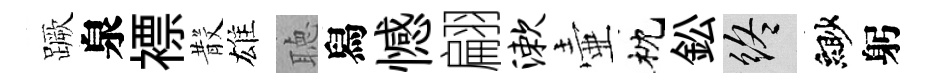
蹶泉褾𣪚雄聴舄憾翩漱壷枕鈆終緲躬